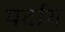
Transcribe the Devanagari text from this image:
पर्दाथ